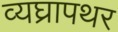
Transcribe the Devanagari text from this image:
व्यघ्रापथर